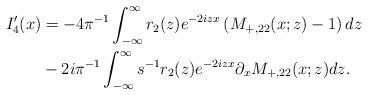
LaTeX: \begin{align*}\begin{aligned}I_4^{\prime}(x)&=-4\pi^{-1} \int_{-\infty}^{\infty}r_2(z) e^{-2 i z x}\left(M_{+,22}(x;z)-1\right) dz\\&-2i\pi^{-1}\int_{-\infty}^{\infty} s^{-1} r_2(z) e^{-2 i z x} \partial_{x} M_{+,22}(x ; z) dz. \end{aligned}\end{align*}